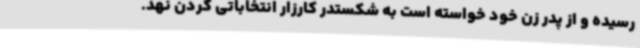
رسیده و از پدر زن خود خواسته است به شکستدر کارزار انتخاباتی گردن نهد.